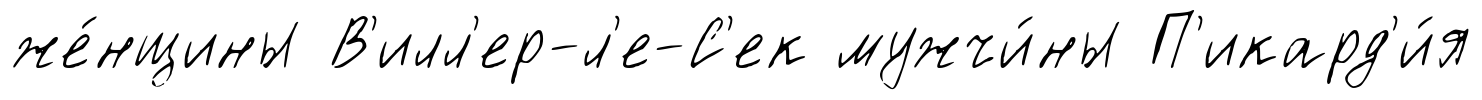
же́нщины В'илл'ер-л'е-С'ек мужчи́ны П'икард'и́я